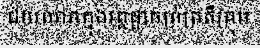
ជ័យលាភក្នុងវគ្គផ្តាច់ព្រ័ត្រគឺក្រុម